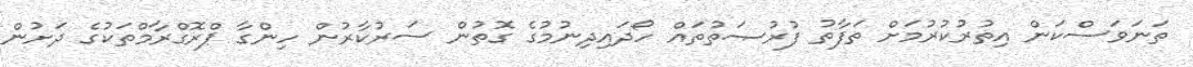
ތަނަވަސްކަން އިތުރުކުރުމަށް ތަފާތު ފުރުޞަތުތައް ހޯދައިދިނުމުގެ ގޮތުން ސަރުކާރުން ހިންގާ ޕްރޮގްރާމްތަކުގެ ދަށުން